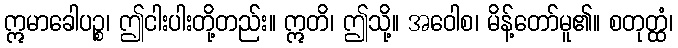
ဣမာခေါပဉ္စ၊ ဤငါးပါးတို့တည်း။ ဣတိ၊ ဤသို့။ အဝေါစ၊ မိန့်တော်မူ၏။ စတုတ္ထံ၊